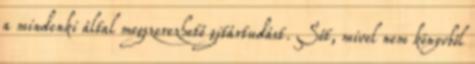
a mindenki által megszerezhető gitártudást. Sőt, mivel nem könyvből